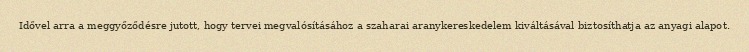
Idővel arra a meggyőződésre jutott, hogy tervei megvalósításához a szaharai aranykereskedelem kiváltásával biztosíthatja az anyagi alapot.